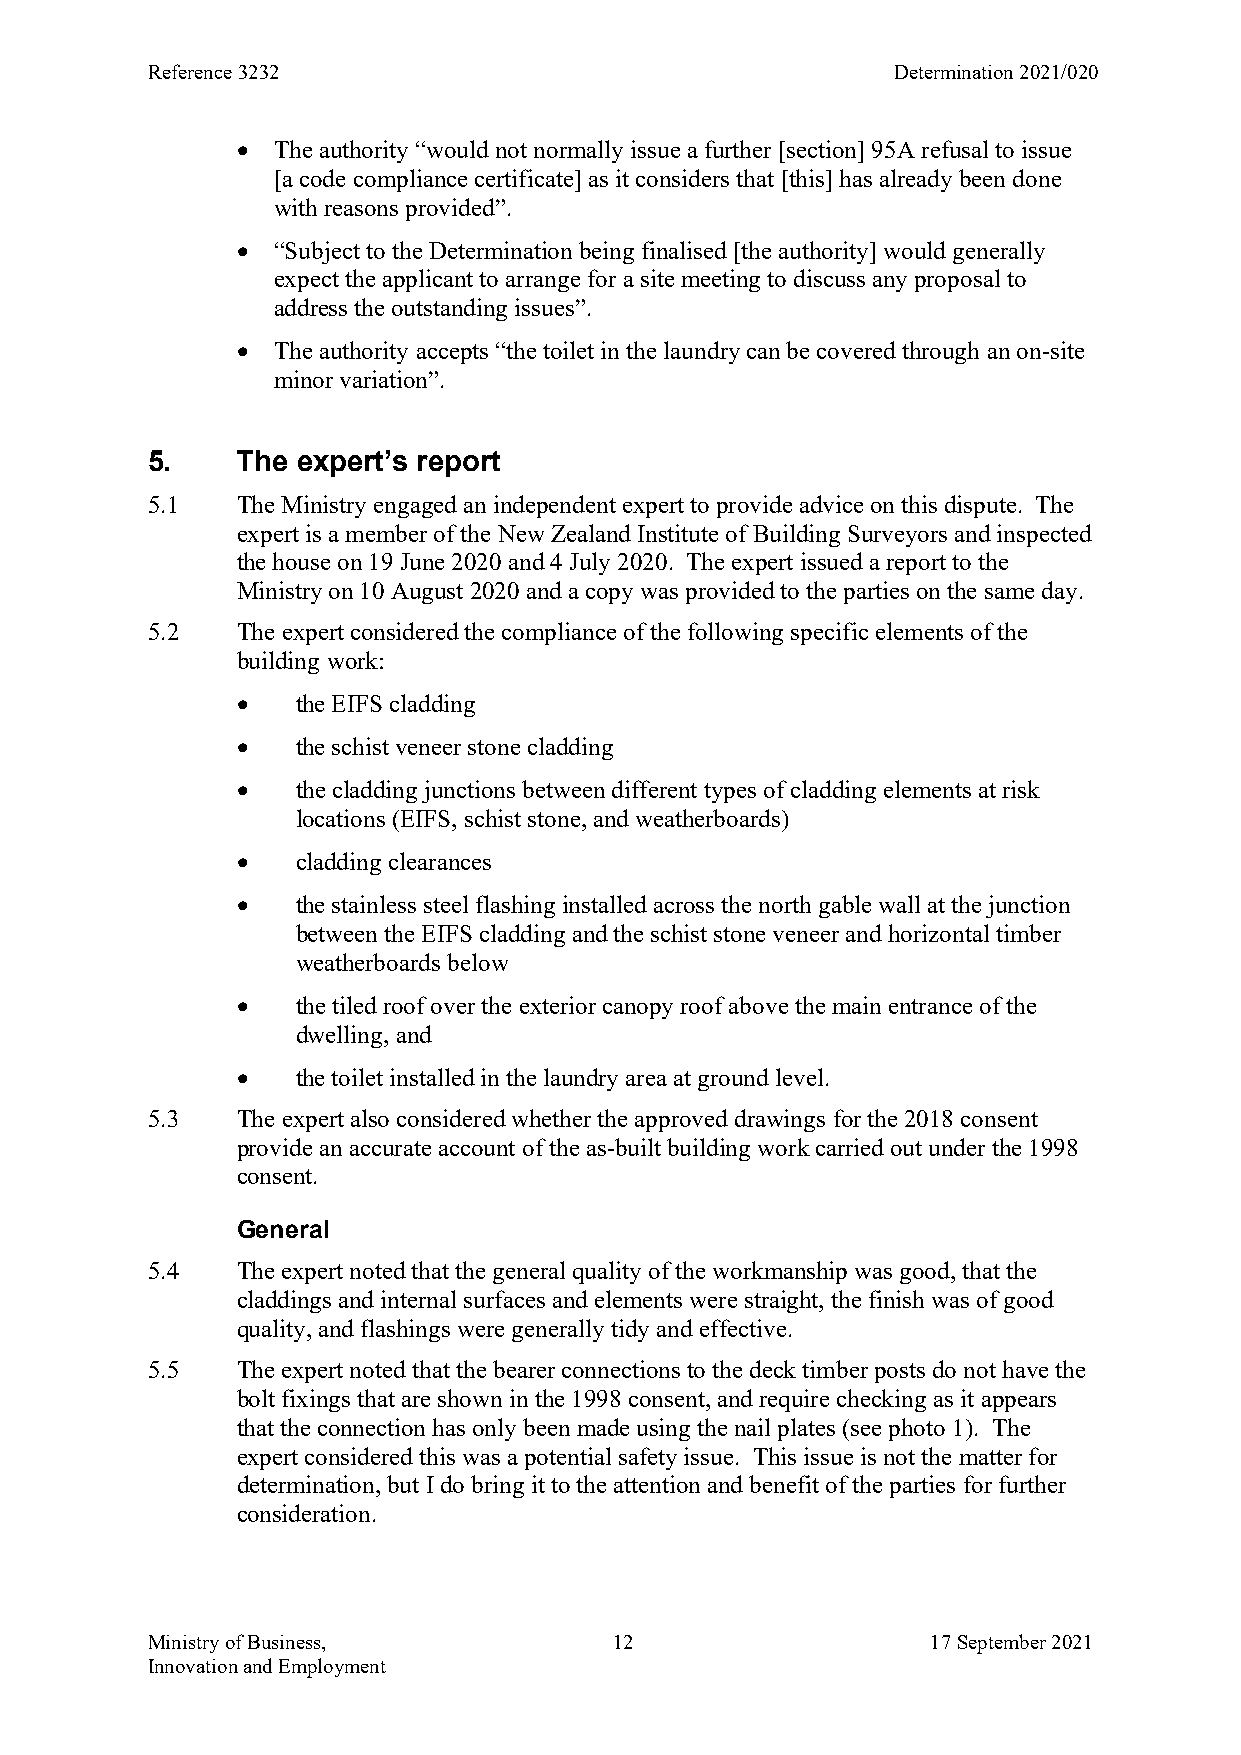
Reference 3232                                   Determination 2021/020
  The authority “would not normally issue a further [section] 95A refusal to issue
 [a code compliance certificate] as it considers that [this] has already been done
 with reasons provided”.
  “Subject to the Determination being finalised [the authority] would generally
 expect the applicant to arrange for a site meeting to discuss any proposal to
 address the outstanding issues”.
  The authority accepts “the toilet in the laundry can be covered through an on-site
 minor variation”.
 5.    The expert’s report
 5.1   The Ministry engaged an independent expert to provide advice on this dispute. The
 expert is a member of the New Zealand Institute of Building Surveyors and inspected
 the house on 19 June 2020 and 4 July 2020. The expert issued a report to the
 Ministry on 10 August 2020 and a copy was provided to the parties on the same day.
 5.2   The expert considered the compliance of the following specific elements of the
 building work:
    the EIFS cladding
    the schist veneer stone cladding
    the cladding junctions between different types of cladding elements at risk
 locations (EIFS, schist stone, and weatherboards)
    cladding clearances
    the stainless steel flashing installed across the north gable wall at the junction
 between the EIFS cladding and the schist stone veneer and horizontal timber
 weatherboards below
    the tiled roof over the exterior canopy roof above the main entrance of the
 dwelling, and
    the toilet installed in the laundry area at ground level.
 5.3   The expert also considered whether the approved drawings for the 2018 consent
 provide an accurate account of the as-built building work carried out under the 1998
 consent.
 General
 5.4   The expert noted that the general quality of the workmanship was good, that the
 claddings and internal surfaces and elements were straight, the finish was of good
 quality, and flashings were generally tidy and effective.
 5.5   The expert noted that the bearer connections to the deck timber posts do not have the
 bolt fixings that are shown in the 1998 consent, and require checking as it appears
 that the connection has only been made using the nail plates (see photo 1). The
 expert considered this was a potential safety issue. This issue is not the matter for
 determination, but I do bring it to the attention and benefit of the parties for further
 consideration.
 Ministry of Business,          12                   17 September 2021
 Innovation and Employment